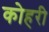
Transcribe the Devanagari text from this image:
कोहरी